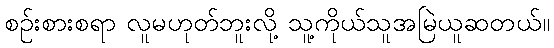
စဉ်းစားစရာ လူမဟုတ်ဘူးလို့ သူ့ကိုယ်သူအမြဲယူဆတယ်။